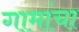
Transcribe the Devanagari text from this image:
गामांचा